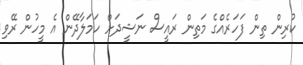
ކުރިން ތިން ފަހަރެއްގެ މަތިން ރައީސް ނަޝީދަށް ހަމަލާދޭން އެ މީހުން ރޭވި